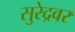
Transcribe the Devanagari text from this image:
सुरेद्रवर